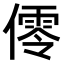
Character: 𠏡